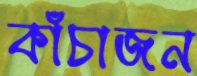
কাঁচাজন